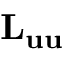
{ { \mathbf { L } } _ { { \mathbf { u u } } } }